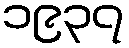
၁၉၃၇